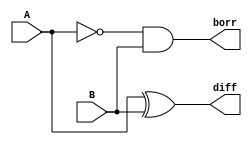
// This program was cloned from: https://github.com/aryanmahawar205/ModelSim-IntelFPGA
// License: GNU General Public License v3.0

//structural modelling for Half Subtractor

module exp_str(diff, borr, A, B);
input A, B; output diff, borr;
xor g1(diff, A, B);
wire y1; not g2(y1, A);
and g3(borr, y1, B);
endmodule